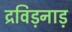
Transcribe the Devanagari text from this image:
द्रविड़नाड़